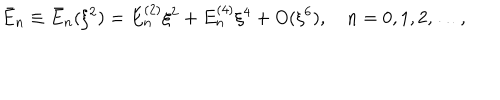
\bar { E } _ { n } \equiv \bar { E } _ { n } ( \xi ^ { 2 } ) = E _ { n } ^ { ( 2 ) } \xi ^ { 2 } + E _ { n } ^ { ( 4 ) } \xi ^ { 4 } + O ( \xi ^ { 6 } ) , \quad n = 0 , 1 , 2 , \dots ,